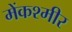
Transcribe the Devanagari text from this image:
मेंकश्मीर